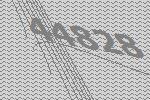
44828